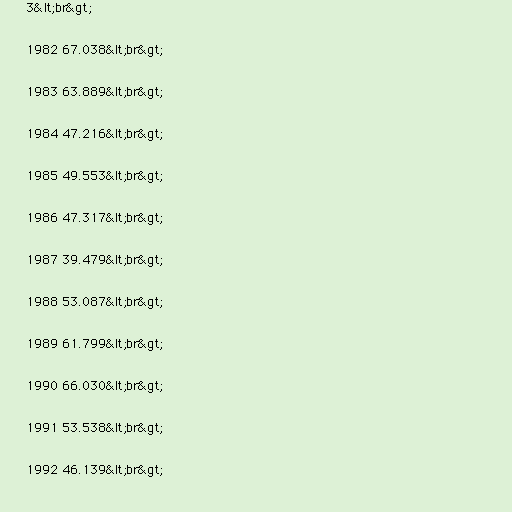
3&lt;br&gt;

1982 67.038&lt;br&gt;

1983 63.889&lt;br&gt;

1984 47.216&lt;br&gt;

1985 49.553&lt;br&gt;

1986 47.317&lt;br&gt;

1987 39.479&lt;br&gt;

1988 53.087&lt;br&gt;

1989 61.799&lt;br&gt;

1990 66.030&lt;br&gt;

1991 53.538&lt;br&gt;

1992 46.139&lt;br&gt;